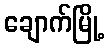
ချောက်မြို့